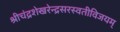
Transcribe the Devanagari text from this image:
श्रीचंद्रशेखरेन्द्रसरस्वतीविजयम्